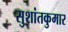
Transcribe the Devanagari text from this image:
सुशांतकुमार